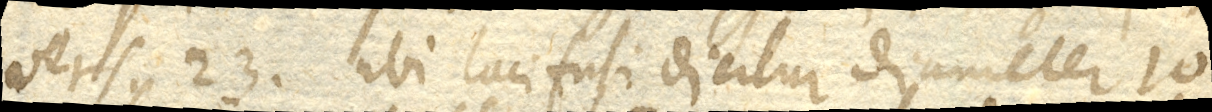
vers. 23 ubi laci fusi dicitur diameter 10